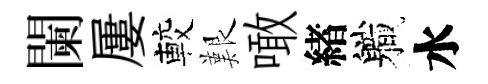
闌屢較艱噉緖軄水